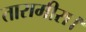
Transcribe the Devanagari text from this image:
तारामीरा।